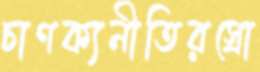
চাণক্যনীতিরস্রো